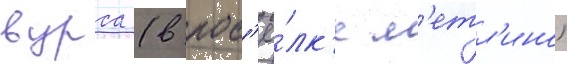
вурса (в пос'ё́лк'е м'етл'ино)